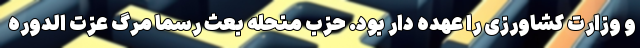
و وزارت کشاورزی را عهده دار بود. حزب منحله بعث رسما مرگ عزت الدوره